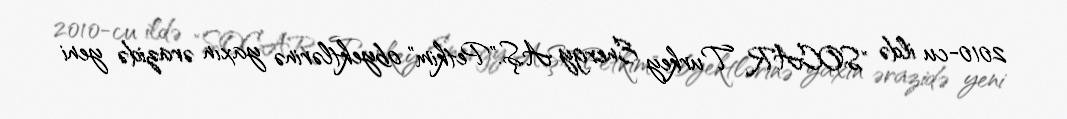
2010-cu ildə "SOCAR Turkey Energy A.Ş."Petkim" obyektlərinə yaxın ərazidə yeni